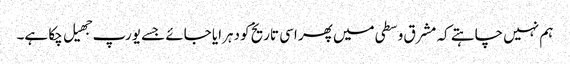
ہم نہیں چاہتے کہ مشرق وسطی میں پھر اسی تاریخ کو دہرایا جائے جسے یورپ جهیل چکا ہے۔